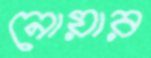
নোয়ার